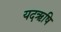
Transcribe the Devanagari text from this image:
यदऋषि